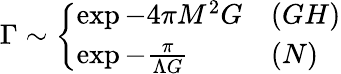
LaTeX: \Gamma\sim\left\{ \begin{array}{ll}{{\exp-4\pi M^{2}G}}&{{{(GH)}}}\\ {{\exp-\frac{\pi}{\Lambda G}{}}}&{{{(N)}}}\end{array}\right.